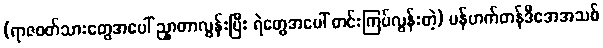
(ရာဇဝတ်သားတွေအပေါ် ညှာတာလွန်းပြီး ရဲတွေအပေါ် တင်းကြပ်လွန်းတဲ့) မန်ဟက်တန်ဒီအေအသစ်